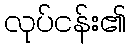
လုပ်ငန်း၏